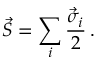
\vec { S } = \sum _ { i } { \frac { \vec { \sigma } _ { i } } { 2 } } \, .